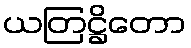
ယတြဋ္ဌိတော